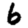
Digit: 6